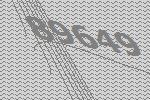
89649